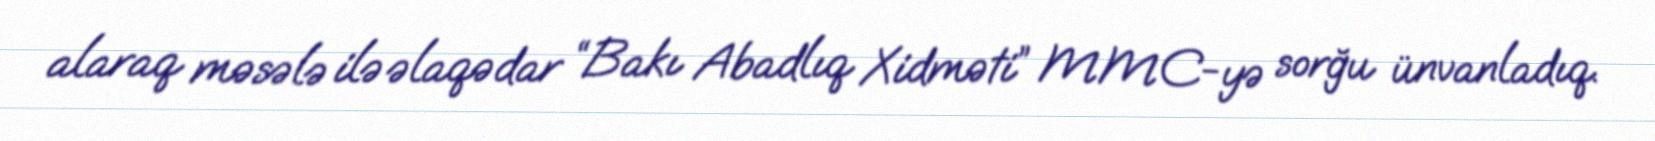
alaraq məsələ ilə əlaqədar “Bakı Abadlıq Xidməti” MMC-yə sorğu ünvanladıq.